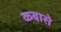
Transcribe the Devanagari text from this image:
कबासे